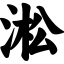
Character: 淞